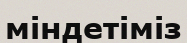
міндетіміз